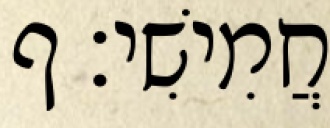
חֲמִישִׁי׃ ף